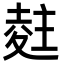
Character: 𭐨